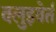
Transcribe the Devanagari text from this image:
क्लुइवेर्त